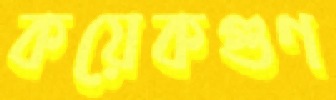
কয়েকগুণ